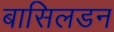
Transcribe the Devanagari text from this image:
बासिलडन